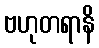
ဗဟုတရာနိ